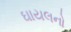
ઘાયલનો